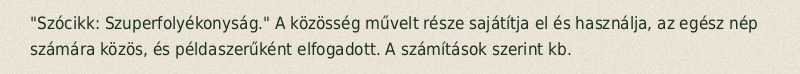
"Szócikk: Szuperfolyékonyság." A közösség művelt része sajátítja el és használja, az egész nép számára közös, és példaszerűként elfogadott. A számítások szerint kb.